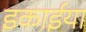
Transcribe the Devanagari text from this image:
इकाईया